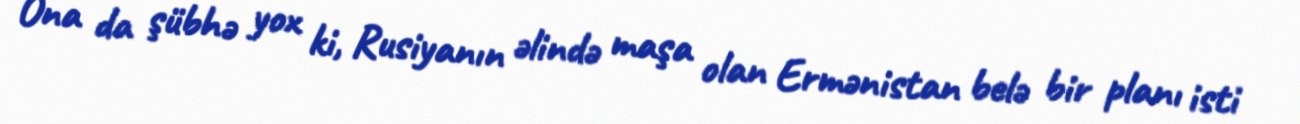
Ona da şübhə yox ki, Rusiyanın əlində maşa olan Ermənistan belə bir planı isti